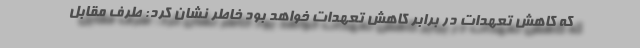
که کاهش تعهدات در برابر کاهش تعهدات خواهد بود خاطر نشان کرد: طرف مقابل